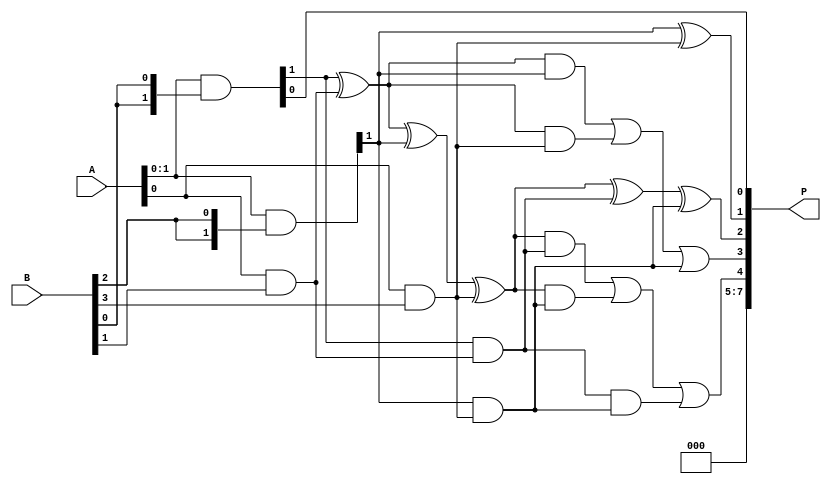
module unfolded_wallace_tree_multiplier (
    input wire [3:0] A,  // 4-bit multiplicand
    input wire [3:0] B,  // 4-bit multiplier
    output reg [7:0] P   // 8-bit product
);

    // Partial products
    wire [3:0] pp0 = A & {4{B[0]}};
    wire [3:0] pp1 = A & {4{B[1]}};
    wire [3:0] pp2 = A & {4{B[2]}};
    wire [3:0] pp3 = A & {4{B[3]}};

    // Stage 1: Reduce using half adders and full adders
    wire [3:0] sum0, carry0;
    wire [3:0] sum1, carry1;
    
    // Half adders for the first stage
    assign sum0[0] = pp0[0];
    assign carry0[0] = 0;  // No carry for the first half adder

    // First half adder
    assign sum0[1] = pp0[1] ^ pp1[0];
    assign carry0[1] = pp0[1] & pp1[0];

    // Second half adder
    assign sum0[2] = pp1[1] ^ pp2[0];
    assign carry0[2] = pp1[1] & pp2[0];

    // Third half adder
    assign sum1[0] = pp2[1] ^ pp3[0];
    assign carry1[0] = pp2[1] & pp3[0];

    // Full adders for the first stage
    assign sum1[1] = sum0[1] ^ pp2[1] ^ pp3[0]; // 3-bit addition
    assign carry1[1] = (sum0[1] & pp2[1]) | (sum0[1] & pp3[0]) | (pp2[1] & pp3[0]);

    // Stage 2: Further reduction
    wire [3:0] sum2, carry2;
    
    // Full adder for combining the previous sums and carries
    assign sum2[0] = sum1[0] ^ carry0[0];
    assign carry2[0] = sum1[0] & carry0[0];

    assign sum2[1] = sum1[1] ^ carry0[1] ^ carry1[0];
    assign carry2[1] = (sum1[1] & carry0[1]) | (sum1[1] & carry1[0]) | (carry0[1] & carry1[0]);

    // Last stage: collect final sum and carry
    assign sum2[2] = carry1[1] ^ carry2[0];
    assign P[7:0] = {carry2[1], sum2[2], sum2[1], sum2[0], pp0[0]}; // Final Output

endmodule